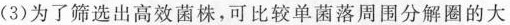
(3)为了筛选出高效菌株，可比较单菌落周围分解圈的大